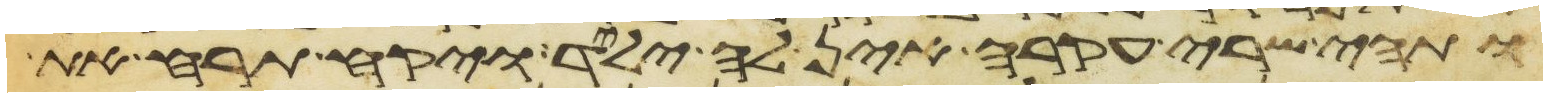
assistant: ותהי שרי עקרה אין לה ילד ויקח תרח את